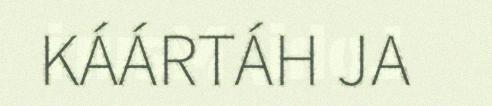
KÁÁRTÁH JA